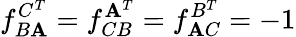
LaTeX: f_{B\mathbf{A}}^{C^{T}}=f_{CB}^{\mathbf{A}^{T}}=f_{\mathbf{A}C}^{B^{T}}=-1